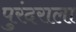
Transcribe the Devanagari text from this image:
पुरंदराला